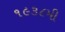
૧૯૩૮મી